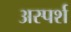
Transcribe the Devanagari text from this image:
अस्पर्श